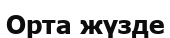
Орта жүзде